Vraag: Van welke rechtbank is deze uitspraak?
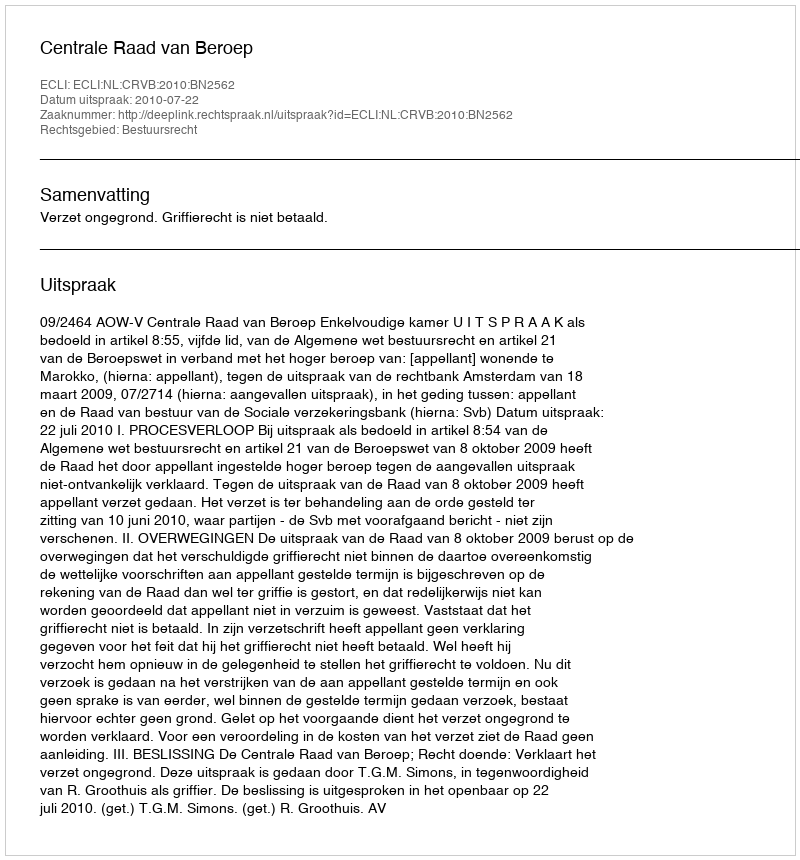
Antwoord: Centrale Raad van Beroep